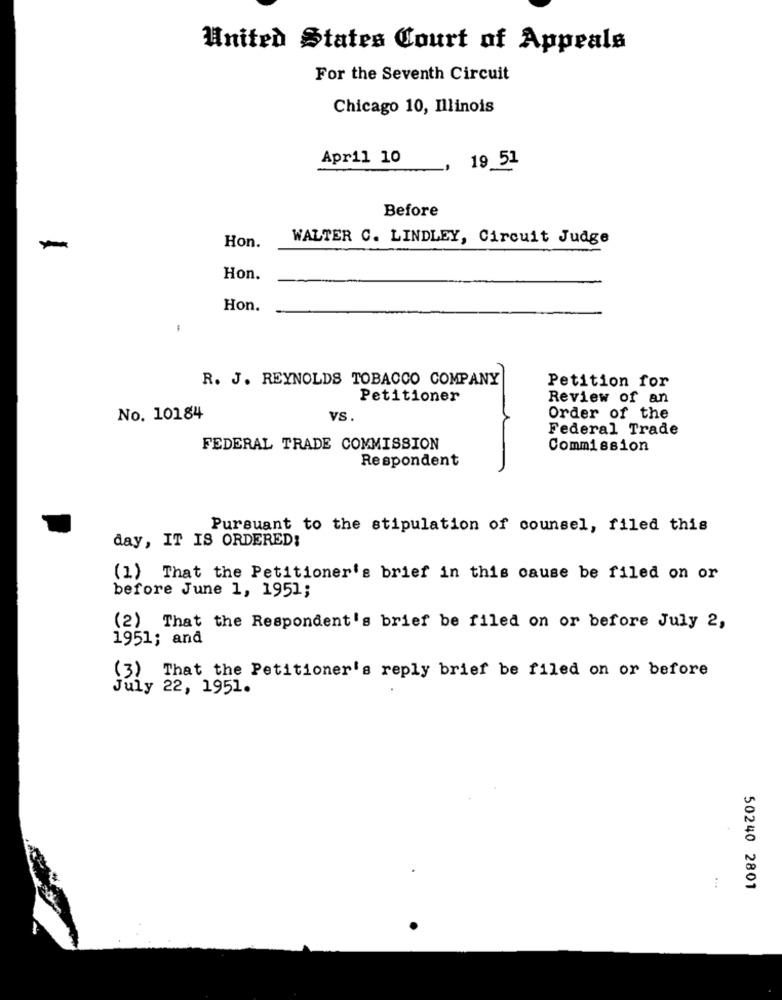
United States Court of Appeals
For the Seventh Circuit
Chicago 10, Illinois
Apr11 10
19 51
Before
WALTER C. LINDLEY, Circuit Judge
-
Hon.
Hon.
Hon.
-
R. J. REYNOLDS TOBACCO COMPANY
Petition for
Petitioner
Review of an
No. 10184
VS.
Order of the
Federal Trade
FEDERAL TRADE COMMISSION
Commission
Respondent
Pursuant to the stipulation of counsel, filed this
day, IT IS ORDERED:
(1) That the Petitioner's brief in this cause be filed on or
before June 1, 1951;
(2) That the Respondent's brief be filed on or before July 2,
1951; and
(3) That the Petitioner's reply brief be filed on or before
July 22, 1951.
:
50240 2801